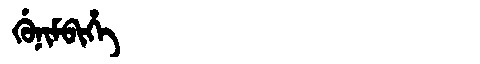
Manchu: ᡤᡠᠨᡳᠮᠪᡳᡥᡝ
Romanization: GUNIMBIHE